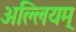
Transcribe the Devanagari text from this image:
अल्लियम्